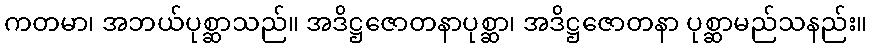
ကတမာ၊ အဘယ်ပုစ္ဆာသည်။ အဒိဋ္ဌဇောတနာပုစ္ဆာ၊ အဒိဋ္ဌဇောတနာ ပုစ္ဆာမည်သနည်း။